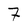
Character: 7